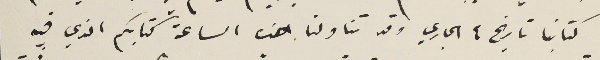
كتابنا تاريخ ٤ الجاري وقد تناولنا هذه الساعة كتابكم الذي فيه